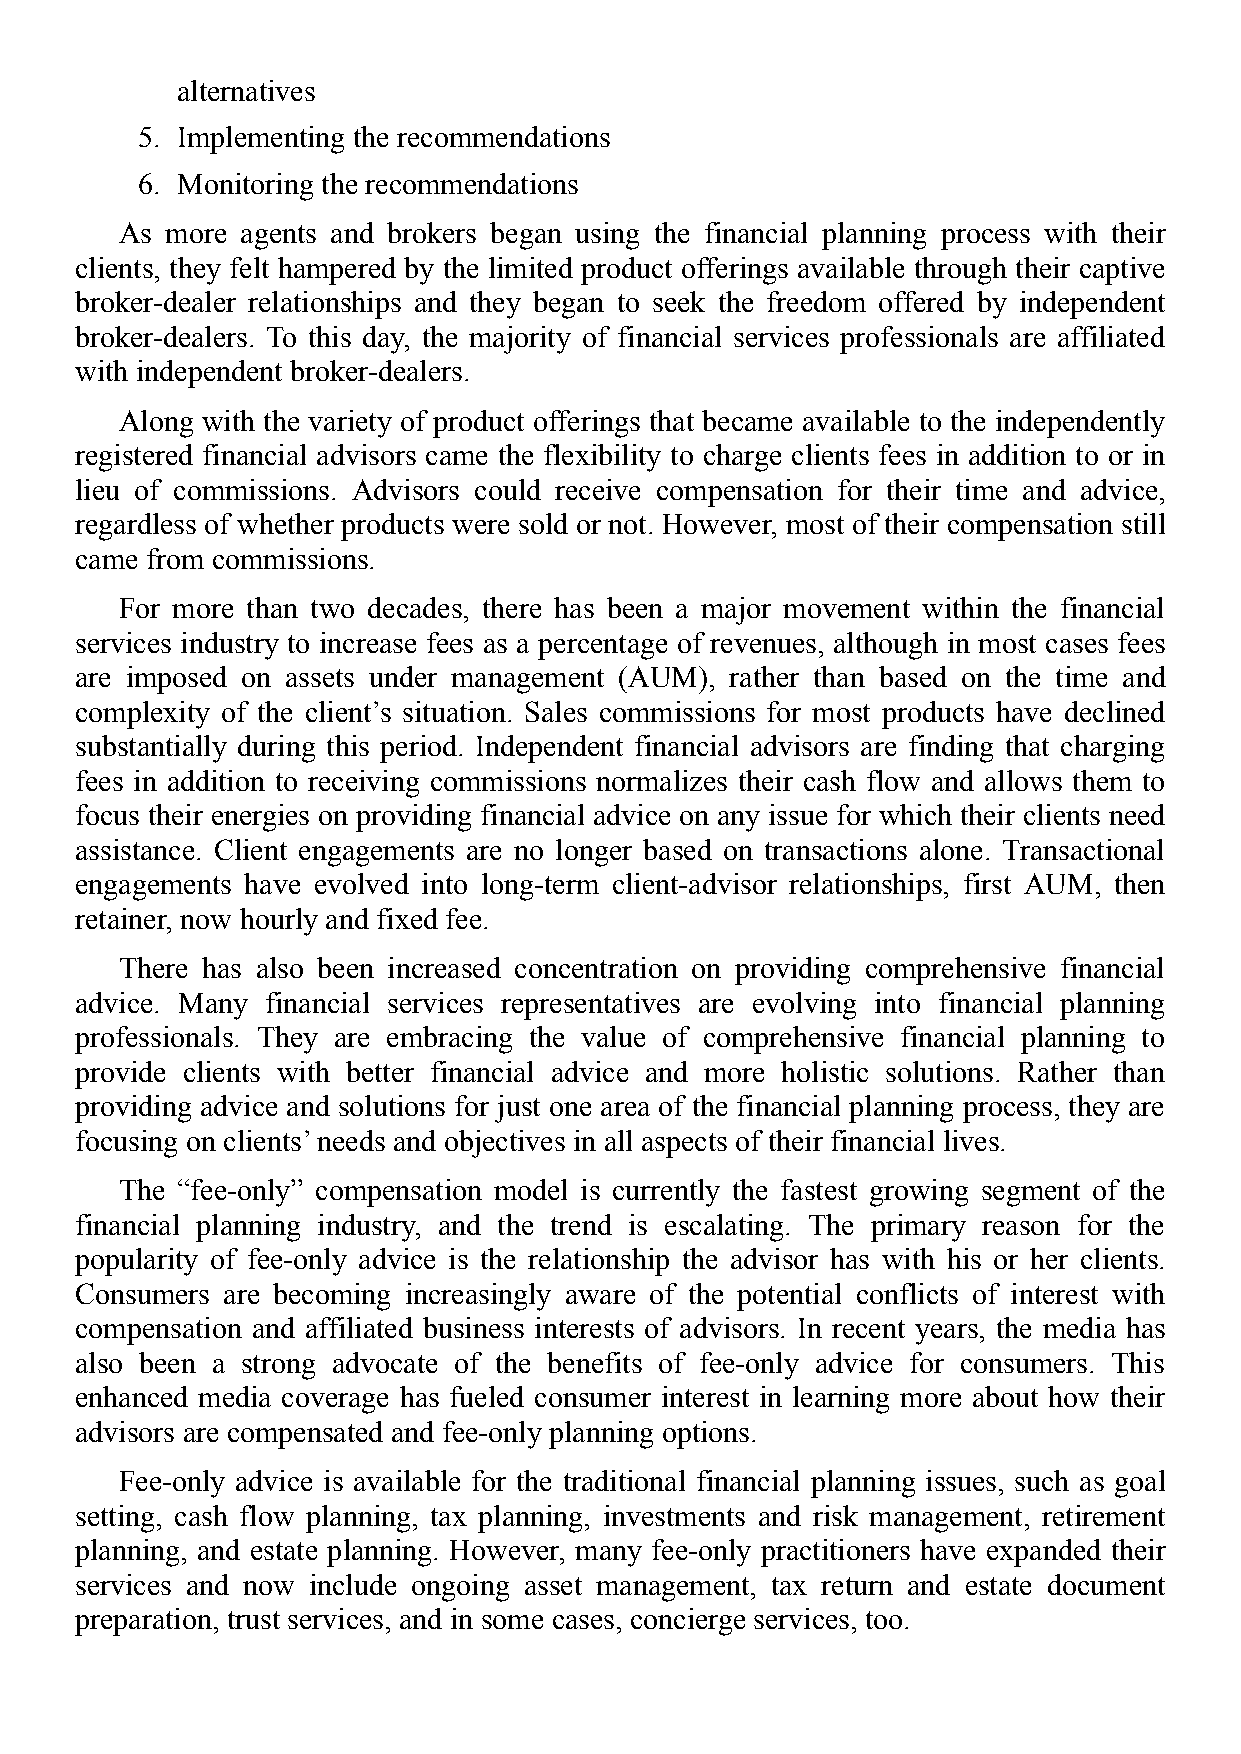
alternatives
 5. Implementing the recommendations
 6. Monitoring the recommendations
 As more agents and brokers began using the financial planning process with their
 clients, they felt hampered by the limited product offerings available through their captive
 broker-dealer relationships and they began to seek the freedom offered by independent
 broker-dealers. To this day, the majority of financial services professionals are affiliated
 with independent broker-dealers.
 Along with the variety of product offerings that became available to the independently
 registered financial advisors came the flexibility to charge clients fees in addition to or in
 lieu of commissions. Advisors could receive compensation for their time and advice,
 regardless of whether products were sold or not. However, most of their compensation still
 came from commissions.
 For more than two decades, there has been a major movement within the financial
 services industry to increase fees as a percentage of revenues, although in most cases fees
 are imposed on assets under management (AUM), rather than based on the time and
 complexity of the client’s situation. Sales commissions for most products have declined
 substantially during this period. Independent financial advisors are finding that charging
 fees in addition to receiving commissions normalizes their cash flow and allows them to
 focus their energies on providing financial advice on any issue for which their clients need
 assistance. Client engagements are no longer based on transactions alone. Transactional
 engagements have evolved into long-term client-advisor relationships, first AUM, then
 retainer, now hourly and fixed fee.
 There has also been increased concentration on providing comprehensive financial
 advice. Many financial services representatives are evolving into financial planning
 professionals. They are embracing the value of comprehensive financial planning to
 provide clients with better financial advice and more holistic solutions. Rather than
 providing advice and solutions for just one area of the financial planning process, they are
 focusing on clients’ needs and objectives in all aspects of their financial lives.
 The “fee-only” compensation model is currently the fastest growing segment of the
 financial planning industry, and the trend is escalating. The primary reason for the
 popularity of fee-only advice is the relationship the advisor has with his or her clients.
 Consumers are becoming increasingly aware of the potential conflicts of interest with
 compensation and affiliated business interests of advisors. In recent years, the media has
 also been a strong advocate of the benefits of fee-only advice for consumers. This
 enhanced media coverage has fueled consumer interest in learning more about how their
 advisors are compensated and fee-only planning options.
 Fee-only advice is available for the traditional financial planning issues, such as goal
 setting, cash flow planning, tax planning, investments and risk management, retirement
 planning, and estate planning. However, many fee-only practitioners have expanded their
 services and now include ongoing asset management, tax return and estate document
 preparation, trust services, and in some cases, concierge services, too.